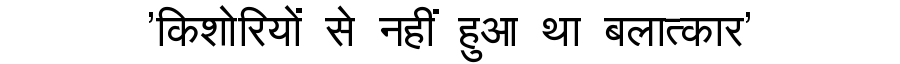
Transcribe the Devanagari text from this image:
'किशोरियों से नहीं हुआ था बलात्कार'